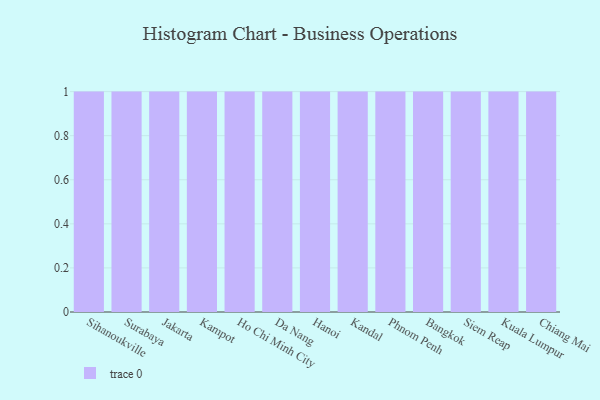
{"axis": {"x": "City", "y": "Budget (USD K)"}, "legend": [""], "data": [{"x": "Sihanoukville", "y": 85, "type": ""}, {"x": "Surabaya", "y": 62, "type": ""}, {"x": "Jakarta", "y": 18, "type": ""}, {"x": "Kampot", "y": 59, "type": ""}, {"x": "Ho Chi Minh City", "y": 71, "type": ""}, {"x": "Da Nang", "y": 84, "type": ""}, {"x": "Hanoi", "y": 25, "type": ""}, {"x": "Kandal", "y": 85, "type": ""}, {"x": "Phnom Penh", "y": 18, "type": ""}, {"x": "Bangkok", "y": 79, "type": ""}, {"x": "Siem Reap", "y": 22, "type": ""}, {"x": "Kuala Lumpur", "y": 55, "type": ""}, {"x": "Chiang Mai", "y": 28, "type": ""}]}